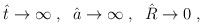
\begin{align*}\hat{t} \to \infty \; , \; \; \hat{a} \to \infty \; , \; \; \hat{R} \to 0 \; ,\end{align*}